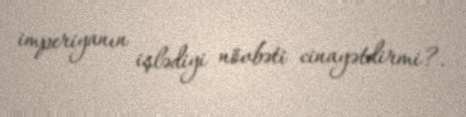
imperiyanın işlədiyi növbəti cinayətdirmi?.